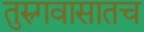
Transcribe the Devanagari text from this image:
तुरुगवासातच